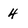
Character: 4